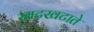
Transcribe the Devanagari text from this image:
खटखटाते